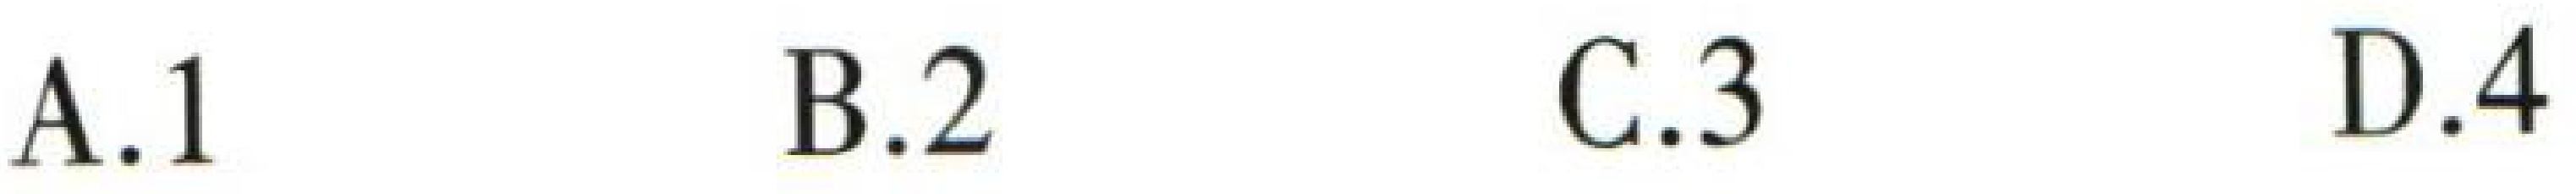
A.1 B.2 C.3 D.4